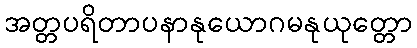
အတ္တပရိတာပနာနုယောဂမနုယုတ္တော